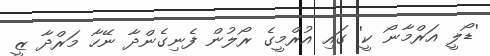
'ޑޯލީ އަރްމާނޯ ކީ' ގައި އުރްމީގެ ރޯލުން ފެނިގެންދާ ނޭހާ މަރްދާ ޒީ